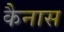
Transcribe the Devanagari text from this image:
कैनास